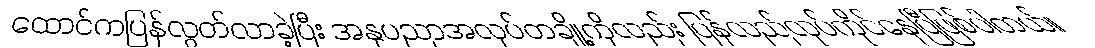
ထောင်ကပြန်လွတ်လာခဲ့ပြီး အနုပညာအလုပ်တချို့ကိုလည်း ပြန်လည်လုပ်ကိုင်နေပြီဖြစ်ပါတယ်။